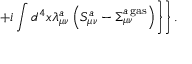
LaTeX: \left. \left. + i \int d ^ { 4 } x \lambda _ { \mu \nu } ^ { a } \left( S _ { \mu \nu } ^ { a } - \Sigma _ { \mu \nu } ^ { a { \, } \mathrm { g a s } } \right) \right\} \right\} .